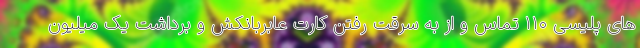
های پلیسی ۱۱۰ تماس و از به سرقت رفتن کارت عابربانکش و برداشت یک میلیون